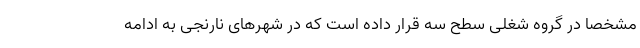
مشخصا در گروه شغلی سطح سه قرار داده است که در شهرهای نارنجی به ادامه